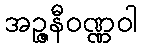
အဉ္ဇနီဝဏ္ဏဝါ